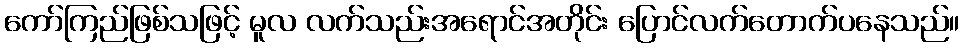
ကော်ကြည်ဖြစ်သဖြင့် မူလ လက်သည်းအရောင်အတိုင်း ပြောင်လက်တောက်ပနေသည်။